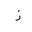
Letter: _zay